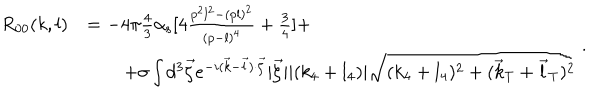
\begin{array} { l l } { { R _ { 0 0 } ( k , l ) } } & { { = - 4 \pi { \frac { 4 } { 3 } } \alpha _ { \mathrm { s } } [ 4 { \frac { p ^ { 2 } l ^ { 2 } - ( p l ) ^ { 2 } } { ( p - l ) ^ { 4 } } } + { \frac { 3 } { 4 } } ] + \nonumber } } \\ { { } } & { { \qquad + \sigma \int d ^ { 3 } \vec { \zeta } e ^ { - i ( \vec { k } - \vec { l } ) \cdot \vec { \zeta } } \vert { \vec { \zeta } } \vert \vert ( k _ { 4 } + l _ { 4 } ) \vert \sqrt { ( k _ { 4 } + l _ { 4 } ) ^ { 2 } + ( \vec { k } _ { \mathrm { T } } + \vec { l } _ { \mathrm { T } } ) ^ { 2 } } } } \\ \end{array} \, .